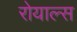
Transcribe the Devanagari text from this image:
रोयाल्स